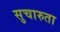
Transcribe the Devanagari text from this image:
सुचारुता